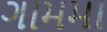
ગામમા